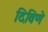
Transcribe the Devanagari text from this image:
दिविणे